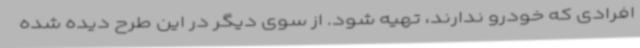
افرادی که خودرو ندارند، تهیه شود. از سوی دیگر در این طرح دیده شده